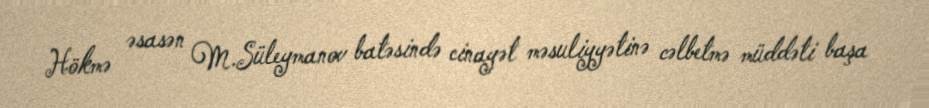
Hökmə əsasən M.Süleymanov batəsində cinayət məsuliyyətinə cəlbetmə müddəti başa